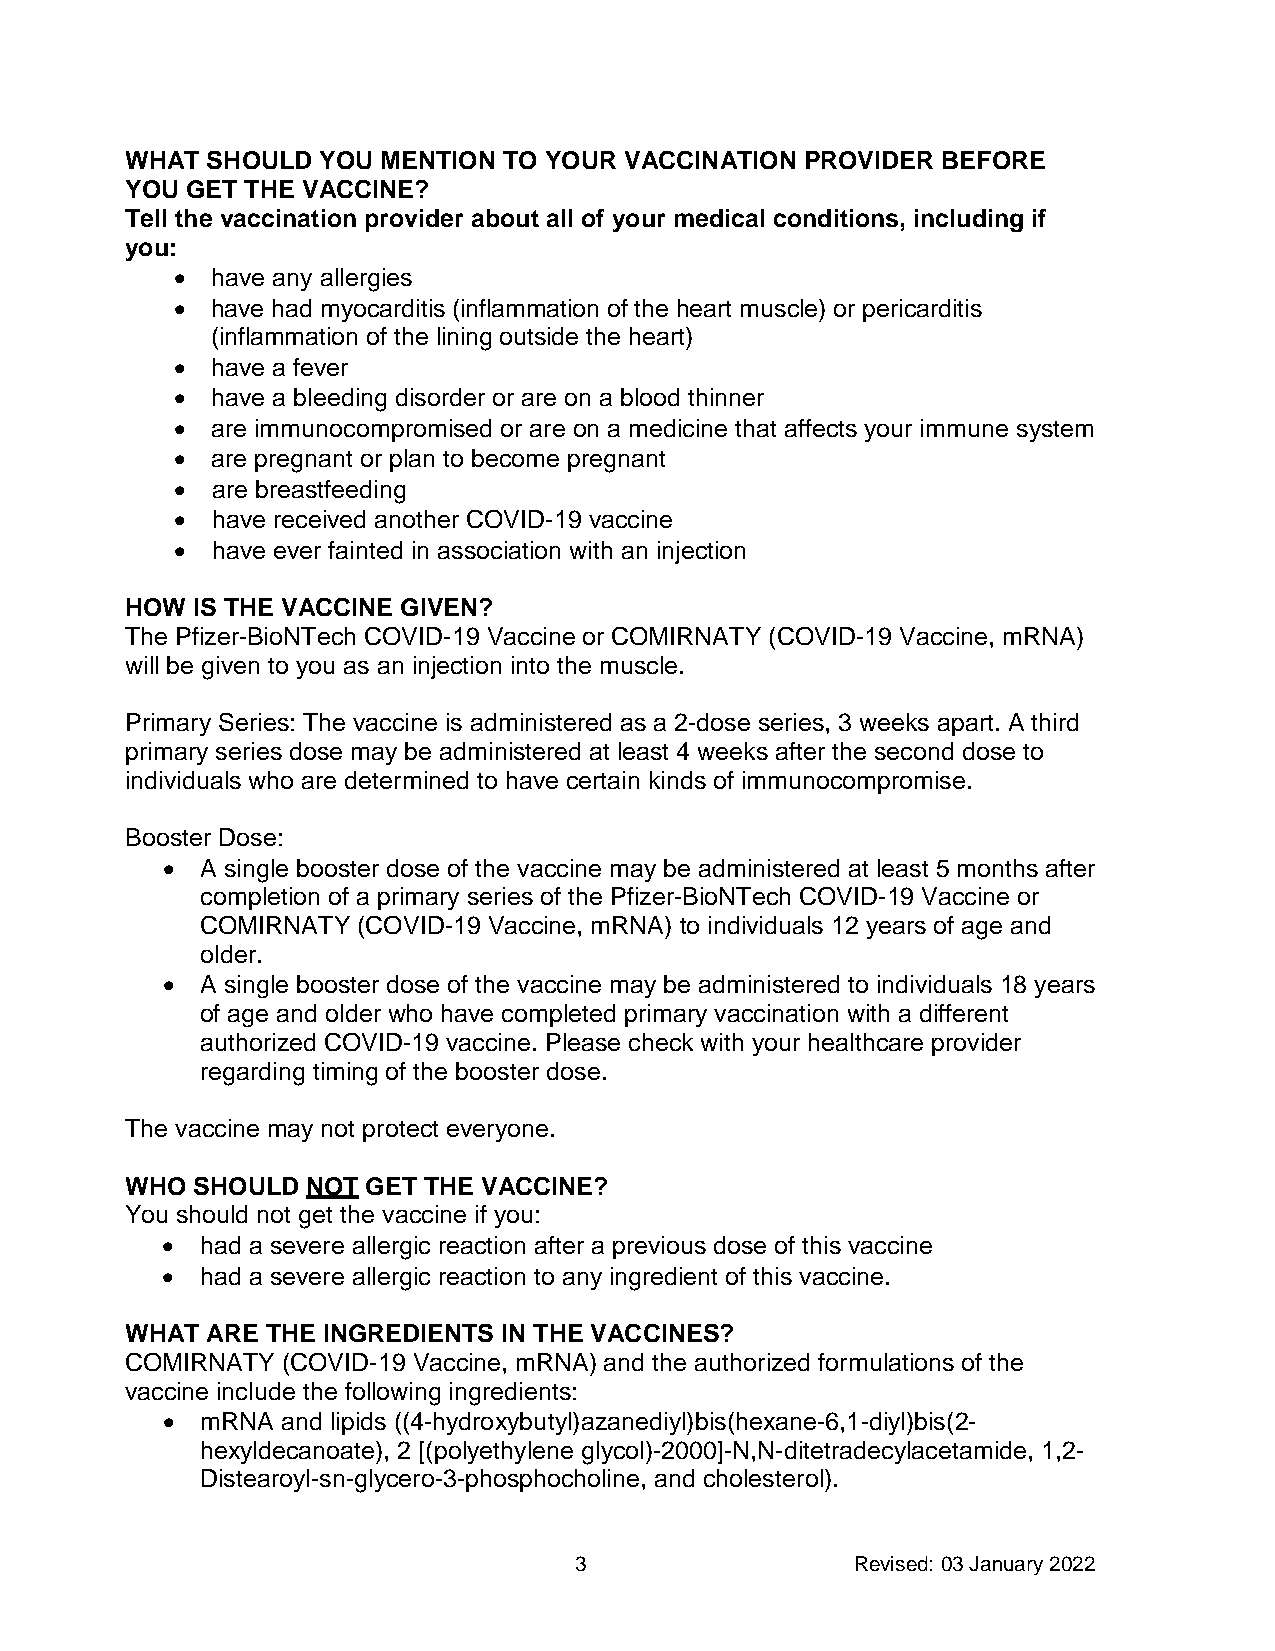
WHAT  SHOULD YOU MENTION TO YOUR VACCINATION PROVIDER BEFORE
 YOU GET THE VACCINE?
 Tell the vaccination provider about all of your medical conditions, including if
 you:
 • have any allergies
 • have had myocarditis (inflammation of the heart muscle) or pericarditis
 (inflammation of the lining outside the heart)
 • have a fever
 • have a bleeding disorder or are on a blood thinner
 • are immunocompromised or are on a medicine that affects your immune system
 • are pregnant or plan to become pregnant
 • are breastfeeding
 • have received another COVID-19 vaccine
 • have ever fainted in association with an injection
 HOW  IS THE VACCINE GIVEN?
 The Pfizer-BioNTech COVID-19 Vaccine or COMIRNATY (COVID-19 Vaccine, mRNA)
 will be given to you as an injection into the muscle.
 Primary Series: The vaccine is administered as a 2-dose series, 3 weeks apart. A third
 primary series dose may be administered at least 4 weeks after the second dose to
 individuals who are determined to have certain kinds of immunocompromise.
 Booster Dose:
 • A single booster dose of the vaccine may be administered at least 5 months after
 completion of a primary series of the Pfizer-BioNTech COVID-19 Vaccine or
 COMIRNATY  (COVID-19 Vaccine, mRNA) to individuals 12 years of age and
 older.
 • A single booster dose of the vaccine may be administered to individuals 18 years
 of age and older who have completed primary vaccination with a different
 authorized COVID-19 vaccine. Please check with your healthcare provider
 regarding timing of the booster dose.
 The vaccine may not protect everyone.
 WHO  SHOULD NOT GET THE VACCINE?
 You should not get the vaccine if you:
 • had a severe allergic reaction after a previous dose of this vaccine
 • had a severe allergic reaction to any ingredient of this vaccine.
 WHAT  ARE THE INGREDIENTS IN THE VACCINES?
 COMIRNATY  (COVID-19 Vaccine, mRNA) and the authorized formulations of the
 vaccine include the following ingredients:
 • mRNA  and lipids ((4-hydroxybutyl)azanediyl)bis(hexane-6,1-diyl)bis(2-
 hexyldecanoate), 2 [(polyethylene glycol)-2000]-N,N-ditetradecylacetamide, 1,2-
 Distearoyl-sn-glycero-3-phosphocholine, and cholesterol).
 3                  Revised: 03 January 2022